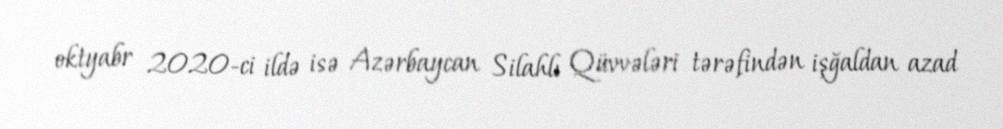
oktyabr 2020-ci ildə isə Azərbaycan Silahlı Qüvvələri tərəfindən işğaldan azad